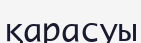
қарасуы